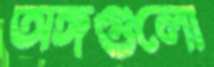
অঙ্গগুলো